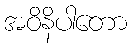
အဝိနိပါတော